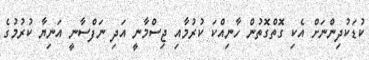
ކުޑަކުދިންނަށް އެކި ގޮތްގޮތުން ހާނިއްކަ ކުރުމާއި ޖިސްމާނީ އަދި ނަފްސާނީ އަނިޔާ ކުރުމުގެ